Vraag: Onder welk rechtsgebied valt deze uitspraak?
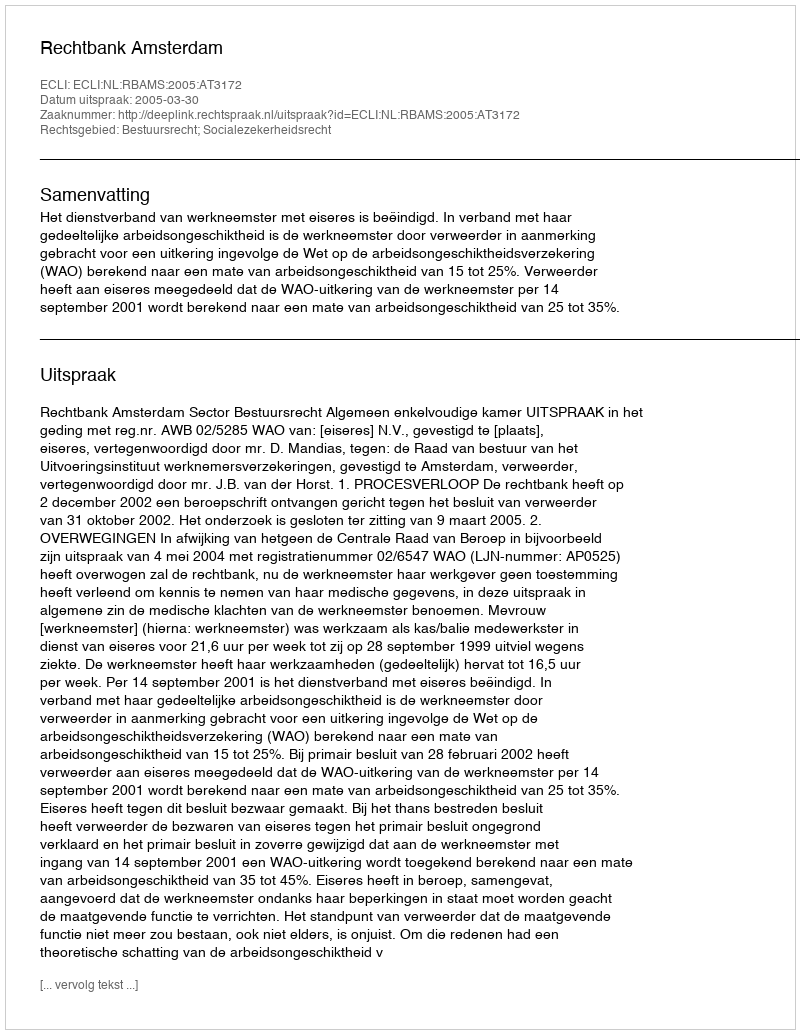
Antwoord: Bestuursrecht; Socialezekerheidsrecht